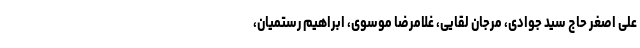
علی اصغر حاج سید جوادی، مرجان لقایی، غلامرضا موسوی، ابراهیم رستمیان،